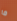
ما